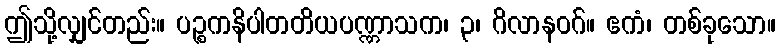
ဤသို့လျှင်တည်း။ ပဉ္စကနိပါတတိယပဏ္ဏာသက၊ ၃၊ ဂိလာနဝဂ်။ ဧကံ၊ တစ်ခုသော။